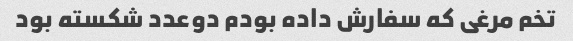
تخم مرغی که سفارش داده بودم دوعدد شکسته بود